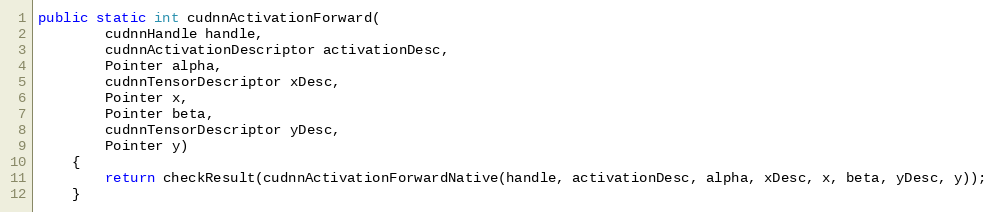
Language: Java
public static int cudnnActivationForward(
        cudnnHandle handle,
        cudnnActivationDescriptor activationDesc,
        Pointer alpha,
        cudnnTensorDescriptor xDesc,
        Pointer x,
        Pointer beta,
        cudnnTensorDescriptor yDesc,
        Pointer y)
    {
        return checkResult(cudnnActivationForwardNative(handle, activationDesc, alpha, xDesc, x, beta, yDesc, y));
    }